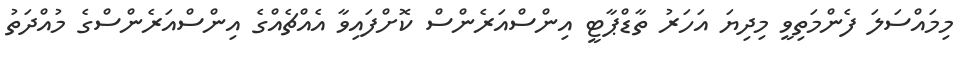
މިމައްސަލަ ފެންމަތިވީ މިދިޔަ އަހަރު ތާޑްޕާޓީ އިންސްއަރެންސް ކޮށްފައިވާ އެއްޗެއްގެ އިންސްއަރެންސްގެ މުއްދަތު